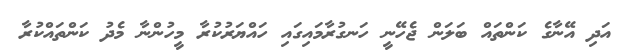
އަދި އޭނާގެ ކަންތައް ބަލަން ޖެހޭނީ ހަނގުރާމައިގައި ހައްޔަރުކުރާ މީހުންނާ މެދު ކަންތައްކުރާ